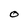
Character: O